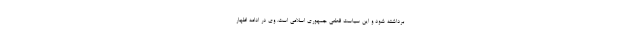
برداشته شود و این سیاست قطعی جمهوری اسلامی است. وی در ادامه اظهار